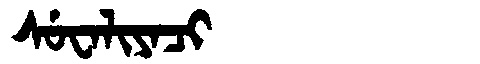
Manchu: ᠰᡠᠸᠠᠯᡳᠶᠠᠴᡳ
Romanization: SUWALIYACI